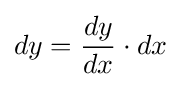
dy={\frac {dy}{dx}}\cdot dx